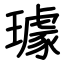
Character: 璩